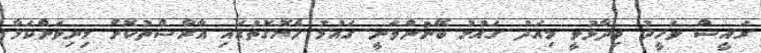
ރައީސް ވަހީދު ވިދާޅުވީ މިއަދު ގައުމު ބޭނުންވަނީ ގައުމު ހެޔޮގޮތުގައި އާރާސްތުކޮށް މިނިވަންކަމާ